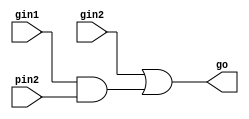
module G(go,gin1,pin2,gin2);
input gin1,pin2,gin2;
output go;
wire w1;

or g3 (go,gin2,w1);
and g2 (w1,gin1,pin2);

endmodule